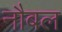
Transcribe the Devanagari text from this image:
नौबल